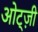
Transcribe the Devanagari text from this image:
ओट्ज़ी